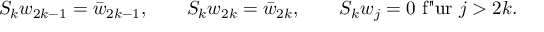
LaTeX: S _ { k } w _ { 2 k - 1 } = \bar { w } _ { 2 k - 1 } , \qquad S _ { k } w _ { 2 k } = \bar { w } _ { 2 k } , \qquad S _ { k } w _ { j } = 0 \mathrm { ~ f " u r ~ } j > 2 k .